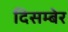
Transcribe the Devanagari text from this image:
दिसम्बेर